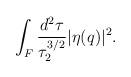
LaTeX: \begin{align*}\int _{F} \frac{d^{2} \tau}{\tau _{2}^{3/2}} |\eta (q)|^{2} . \end{align*}